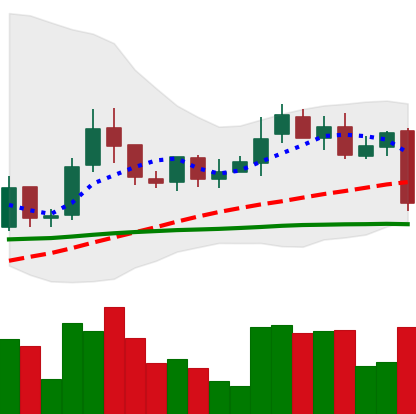
Ticker: LINK-USD
Chart end date: 2019-02-24
Forward return: 5.149%
Label: up_5_7